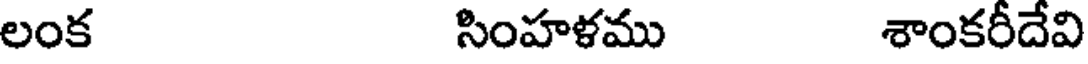
లంక సింహళము శాంకరీదేవి